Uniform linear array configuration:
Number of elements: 16
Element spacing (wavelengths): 0.75
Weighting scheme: cosine
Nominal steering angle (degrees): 30
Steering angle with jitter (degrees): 28.314
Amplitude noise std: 0.05
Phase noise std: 0.05

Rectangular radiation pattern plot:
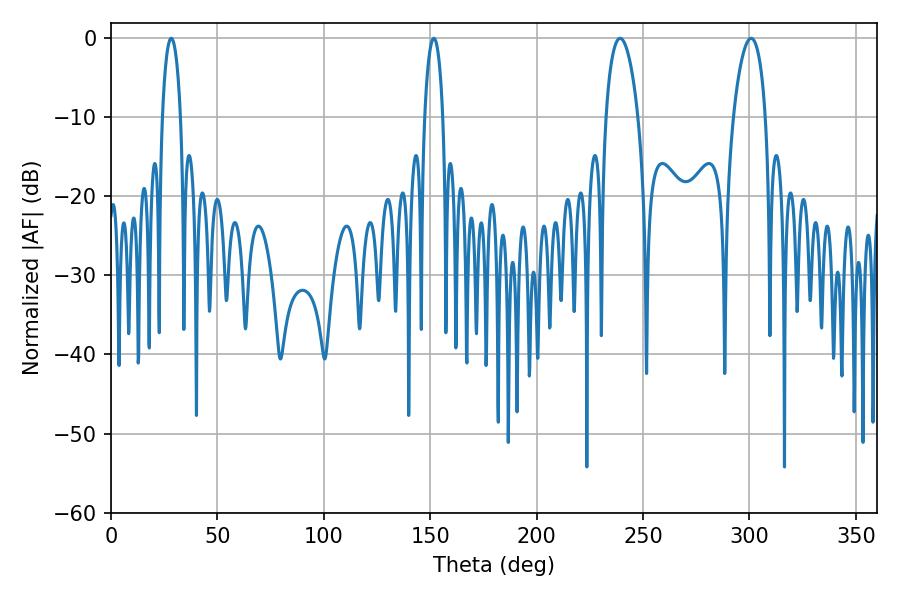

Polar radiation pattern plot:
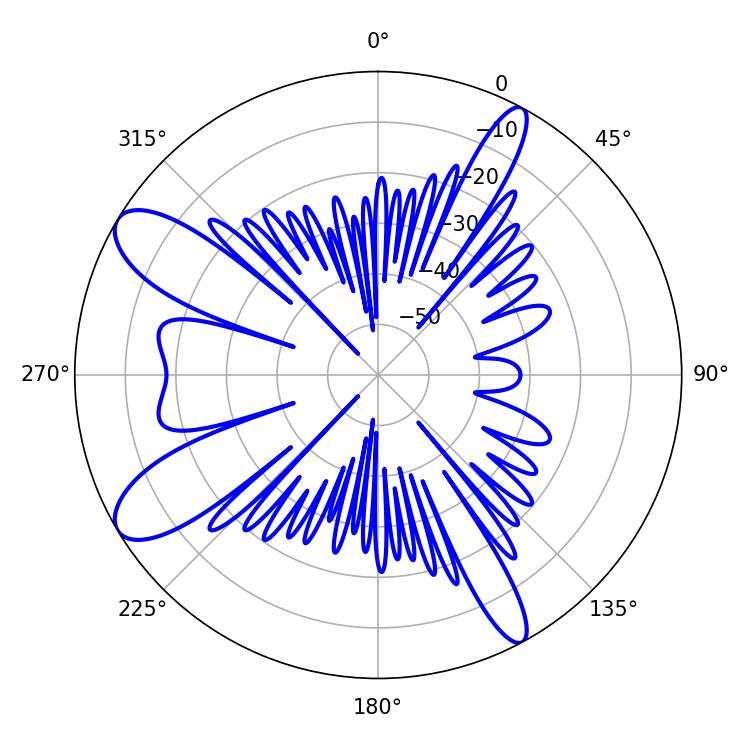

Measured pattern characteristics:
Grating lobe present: TRUE
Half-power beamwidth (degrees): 8.46
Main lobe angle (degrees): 239.22